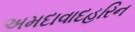
અમદાવાદહરિન